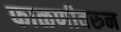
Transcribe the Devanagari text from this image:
फाळणीवरुन